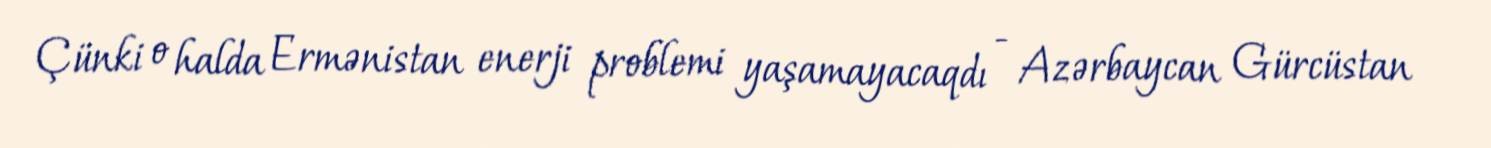
Çünki o halda Ermənistan enerji problemi yaşamayacaqdı - Azərbaycan Gürcüstan